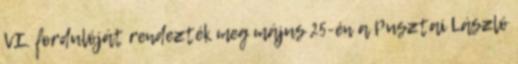
VI. fordulóját rendezték meg május 25-én a Pusztai László